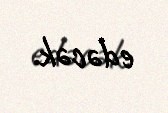
edəcək.